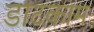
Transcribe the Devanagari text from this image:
डाटकाम